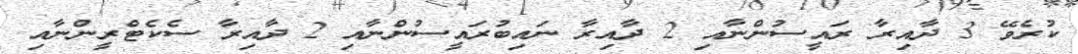
ކުރެވޭ 3 ދާއިރާ ރައީސުންނާއި 2 ދާއިރާ ނައިބުރައީސުންނާއި 2 ދާއިރާ ސެކެޓްރީންނާއި